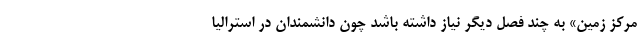
مرکز زمین» به چند فصل دیگر نیاز داشته باشد چون دانشمندان در استرالیا